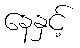
နေနှင့်